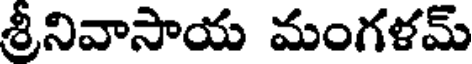
శ్రీనివాసాయ మంగళమ్